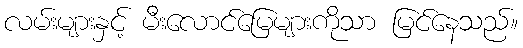
လမ်းများနှင့် မီးလောင်မြေများကိုသာ မြင်နေသည်။